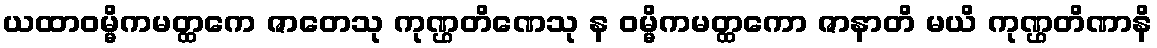
ယထာဝမ္မိကမတ္ထကေ ဇာတေသု ကုဏ္ဌတိဏေသု န ဝမ္မိကမတ္ထကော ဇာနာတိ မယိ ကုဏ္ဌတိဏာနိ